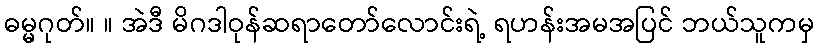
ဓမ္မဂုတ်။ ။ အဲဒီ မိဂဒါဝုန်ဆရာတော်လောင်းရဲ့ ရဟန်းအမအပြင် ဘယ်သူကမှ